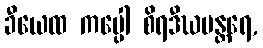
ခီယေထ ကပ္ပေါ စိရဒီဃမန္တရေ,